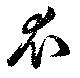
衣